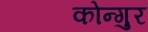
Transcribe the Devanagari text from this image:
कोन्गुर